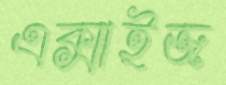
এক্সাইজ